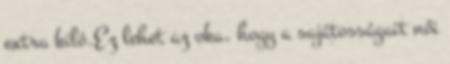
extra kiló.Ez lehet az oka, hogy a sajátosságait női